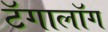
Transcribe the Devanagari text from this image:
टॅगालॉग